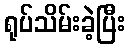
ရုပ်သိမ်းခဲ့ပြီး